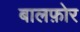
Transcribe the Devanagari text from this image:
बालफ़ोर